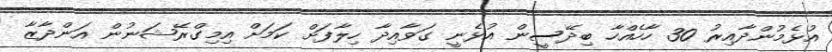
އުޅެމުންދާއިރު 30 ހާހެއްހާ ބިދޭސީން އުޅެނީ ގަވާއިދާ ހިލާފަށް ކަމަށް އިމިގްރޭޝަނުން އަންދާޒާ